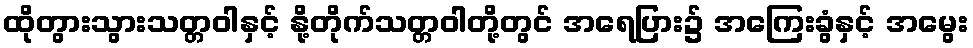
ထိုတွားသွားသတ္တဝါနှင့် နို့တိုက်သတ္တဝါတို့တွင် အရေပြား၌ အကြေးခွံနှင့် အမွေး